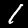
Label: 1